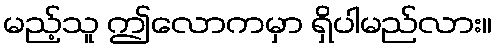
မည့်သူ ဤလောကမှာ ရှိပါမည်လား။